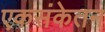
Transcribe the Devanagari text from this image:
एकसंकेतन